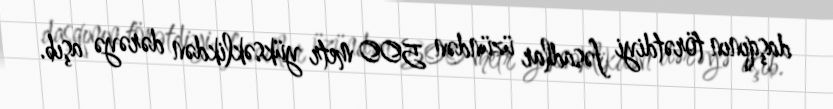
daşqının törətdiyi fəsadlar üzündən 500 metr yüksəklikdən dərəyə aşıb.